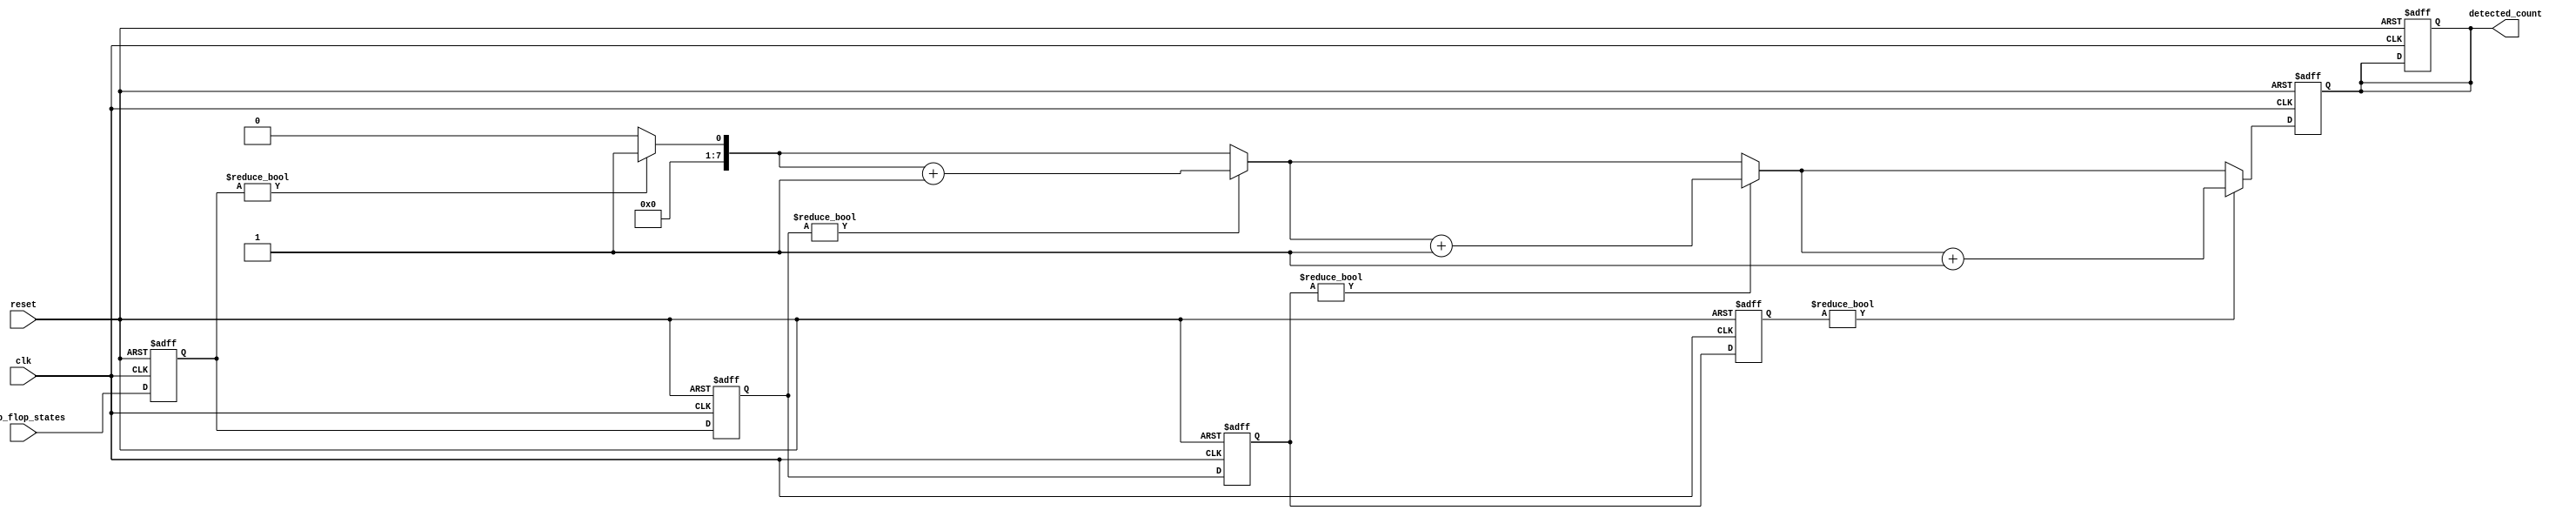
module FlipFlopDetector #(
    parameter NUM_BLOCKS = 4,         // Number of memory blocks
    parameter FLIP_FLOP_WIDTH = 8,    // Width of each memory block
    parameter COUNT_WIDTH = 8           // Width of the count output
)(
    input wire clk,                     // Clock signal
    input wire reset,                   // Reset signal
    input wire [FLIP_FLOP_WIDTH-1:0] flip_flop_states, // Current states of flip-flops
    output reg [COUNT_WIDTH-1:0] detected_count // Count of detected flip-flops
);

    // Memory blocks
    reg [FLIP_FLOP_WIDTH-1:0] mem_block [0:NUM_BLOCKS-1]; // Array of memory blocks
    reg [COUNT_WIDTH-1:0] temp_count; // Temporary count for detected flip-flops

    // Control logic to store states in memory blocks
    integer i;
    always @(posedge clk or posedge reset) begin
        if (reset) begin
            // Clear memory blocks and detected count on reset
            for (i = 0; i < NUM_BLOCKS; i = i + 1) begin
                mem_block[i] <= 0;
            end
            detected_count <= 0;
        end else begin
            // Store flip-flop states in the first memory block
            mem_block[0] <= flip_flop_states;
            // Cascade memory blocks (for demonstration, just pass the state)
            for (i = 1; i < NUM_BLOCKS; i = i + 1) begin
                mem_block[i] <= mem_block[i-1];
            end
        end
    end

    // Detection logic
    always @(*) begin
        temp_count = 0;
        // Count detected flip-flops based on some condition
        for (i = 0; i < NUM_BLOCKS; i = i + 1) begin
            // Example detection logic: count if any flip-flop is set
            if (mem_block[i] != 0) begin
                temp_count = temp_count + 1;
            end
        end
    end

    // Update the detected_count
    always @(posedge clk or posedge reset) begin
        if (reset) begin
            detected_count <= 0;
        end else begin
            detected_count <= temp_count; // Update the count
        end
    end

endmodule